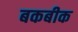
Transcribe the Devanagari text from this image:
बकबीक